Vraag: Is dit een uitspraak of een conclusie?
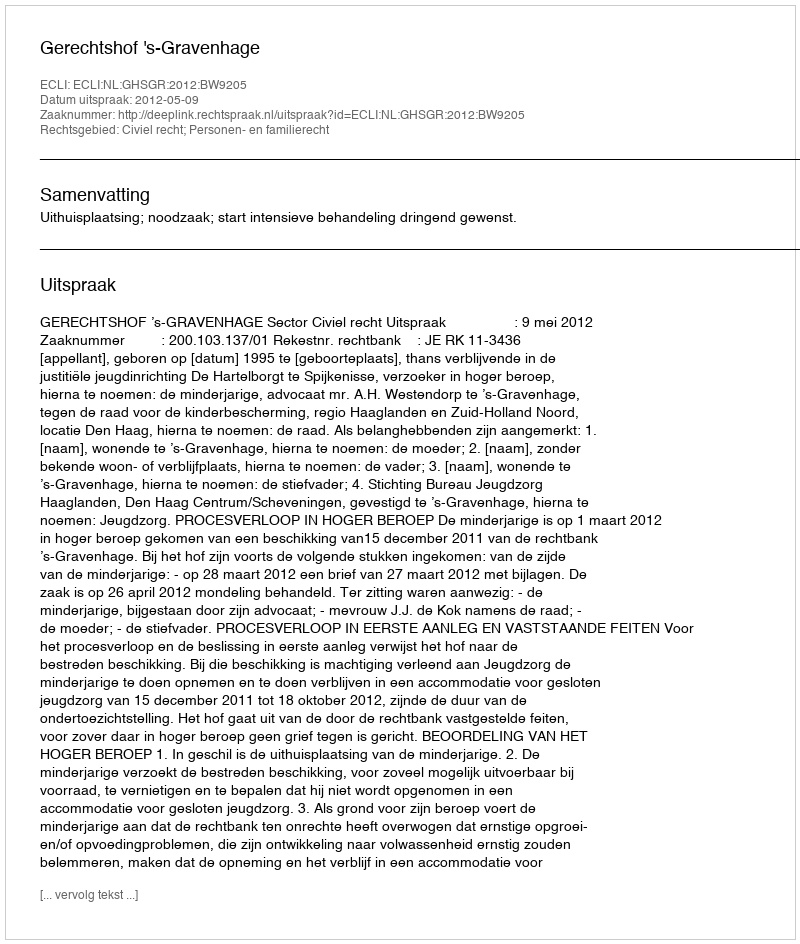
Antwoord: Uitspraak